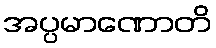
အပ္ပမာဏောတိ